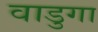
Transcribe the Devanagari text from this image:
वाडुगा